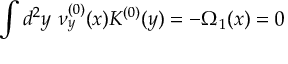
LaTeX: \int d ^ { 2 } y ~ \nu _ { y } ^ { ( 0 ) } ( x ) K ^ { ( 0 ) } ( y ) = - \Omega _ { 1 } ( x ) = 0